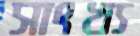
সাংখ্য